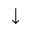
\downarrow